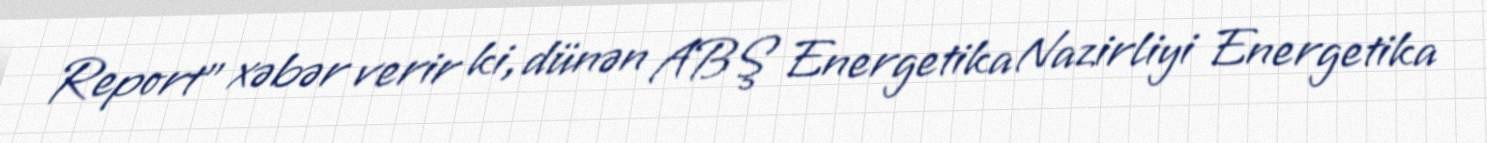
Report" xəbər verir ki, dünən ABŞ Energetika Nazirliyi Energetika